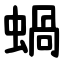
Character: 蝸